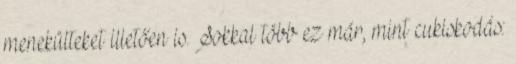
menekülteket illetően is. Sokkal több ez már, mint cukiskodás: